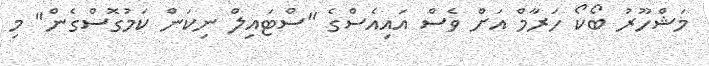
މަޝްހޫރު ބޯކޯ ހަރާމް އަށް ވެސް އައިއެސްގެ "ސްޓައިލް ނިކަން ކަމުގޮސްގެން" މި